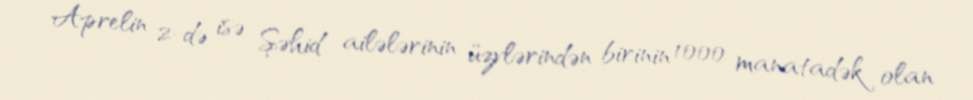
Aprelin 2-də isə Şəhid ailələrinin üzvlərindən birinin 1000 manatadək olan